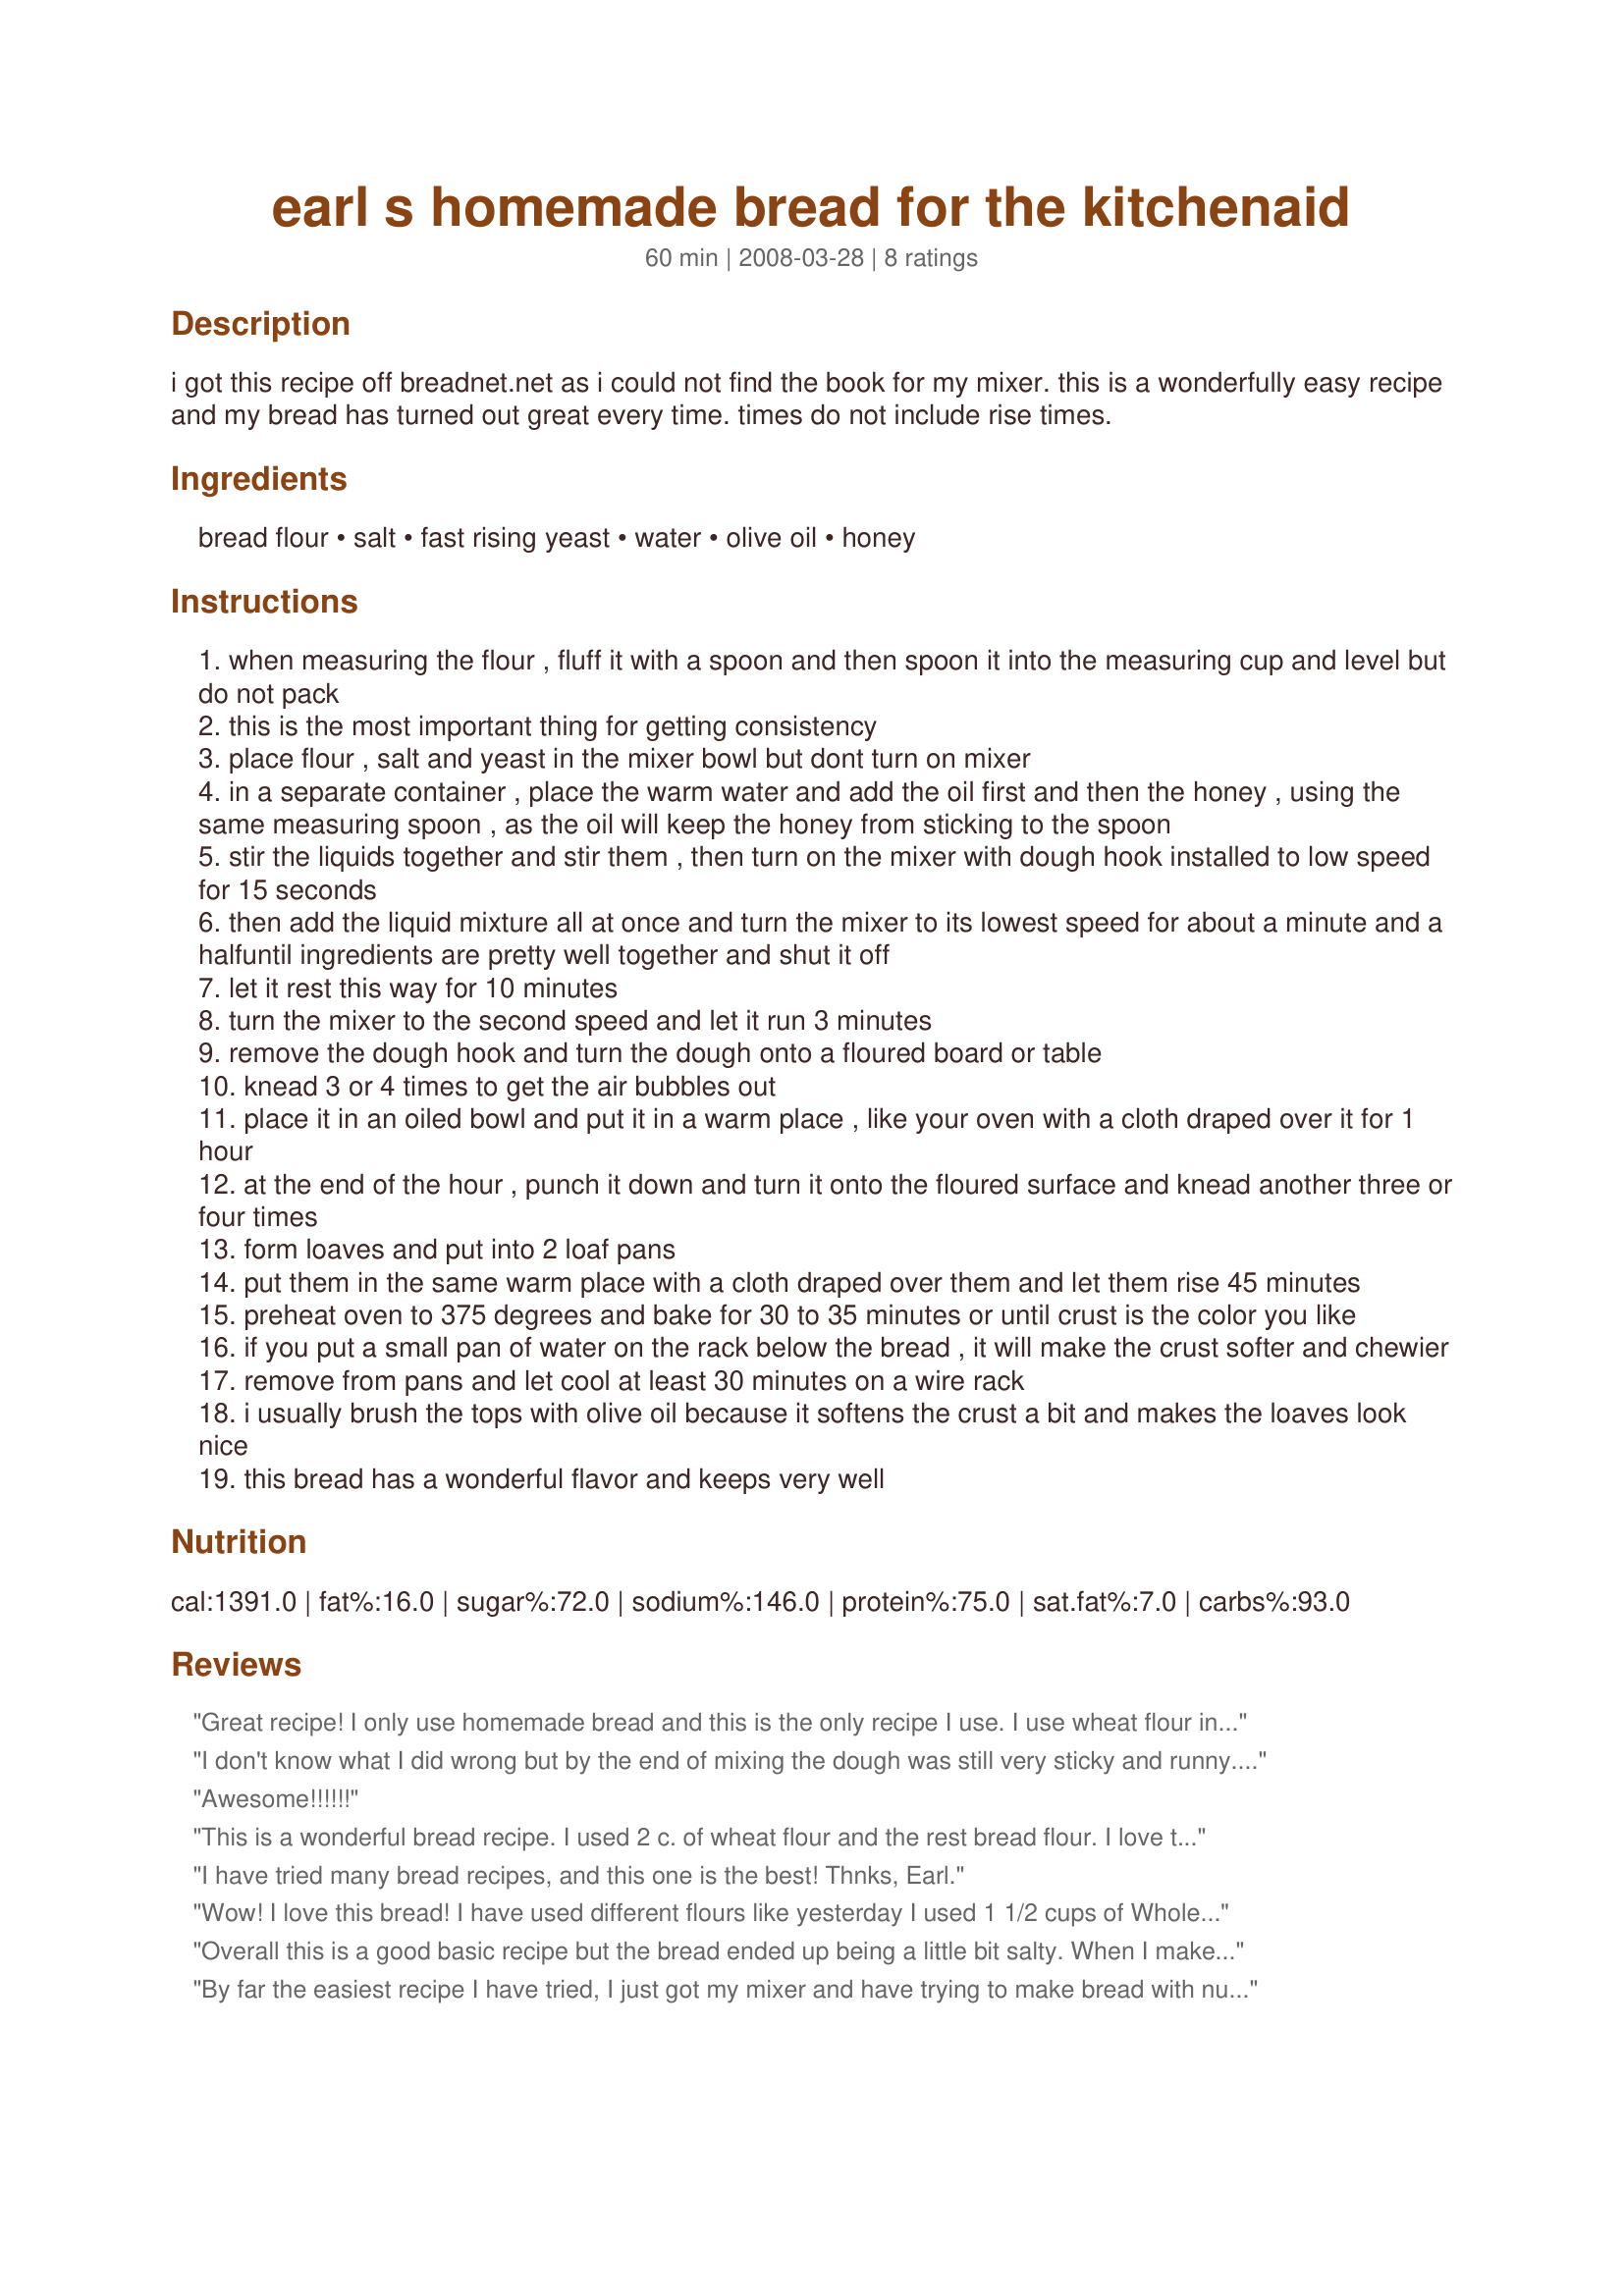
earl s homemade bread for the kitchenaid
Preparation time: 60 minutes

i got this recipe off breadnet.net as i could not find the book for my mixer. this is a wonderfully easy recipe and my bread has turned out great every time.
times do not include rise times.

Ingredients:
bread flour, salt, fast rising yeast, water, olive oil, honey

Steps:
when measuring the flour , fluff it with a spoon and then spoon it into the measuring cup and level but do not pack
this is the most important thing for getting consistency
place flour , salt and yeast in the mixer bowl but dont turn on mixer
in a separate container , place the warm water and add the oil first and then the honey , using the same measuring spoon , as the oil will keep the honey from sticking to the spoon
stir the liquids together and stir them , then turn on the mixer with dough hook installed to low speed for 15 seconds
then add the liquid mixture all at once and turn the mixer to its lowest speed for about a minute and a halfuntil ingredients are pretty well together and shut it off
let it rest this way for 10 minutes
turn the mixer to the second speed and let it run 3 minutes
remove the dough hook and turn the dough onto a floured board or table
knead 3 or 4 times to get the air bubbles out
place it in an oiled bowl and put it in a warm place , like your oven with a cloth draped over it for 1 hour
at the end of the hour , punch it down and turn it onto the floured surface and knead another three or four times
form loaves and put into 2 loaf pans
put them in the same warm place with a cloth draped over them and let them rise 45 minutes
preheat oven to 375 degrees and bake for 30 to 35 minutes or until crust is the color you like
if you put a small pan of water on the rack below the bread , it will make the crust softer and chewier
remove from pans and let cool at least 30 minutes on a wire rack
i usually brush the tops with olive oil because it softens the crust a bit and makes the loaves look nice
this bread has a wonderful flavor and keeps very well

Reviews:
Great recipe! I only use homemade bread and this is the only recipe I use. I use wheat flour instead of white and it turns out great! Really easy!
I don't know what I did wrong but by the end of mixing the dough was still very sticky and runny. I had to pout it out of the bowl and then add more flour to it. I will tell you how it turns out after I finish the whole process.
Awesome!!!!!!
This is a wonderful bread recipe. I used 2 c. of wheat flour and the rest bread flour. I love that you don't have to guess (at least for a beginner like me) about the amount of flour to keep adding. Thank you for this recipe!
I have tried many bread recipes, and this one is the best! Thnks, Earl.
Wow! I love this bread! I have used different flours like yesterday I used 1 1/2 cups of Whole Wheat Flour, 1 1/2 cups of Dark Rye Flour and 2 cups of Multigrain Flour and it turned out awesome. It is such a wonderful airy bread and it isn't heavy like whole wheat breads tend to be. I have been making this bread for months now and don't get tired of it. Wish I had an industrial size mixer so I could make a bigger batch! So recommend this recipe if you want a beautiful loaf of bread.
Overall this is a good basic recipe but the bread ended up being a little bit salty. When I make it again I would reduce the salt by a teaspoon or so. Also it isn't clear if he is counting the yeast as a dry ingredient or a wet ingredient. I added it to the water mix which is what most bread recipes call for.
By far the easiest recipe I have tried, I just got my mixer and have trying to make bread with numerous disasterous results,this has been the best one so far. This is a great beginner recipe with great flavor. Thank you!
